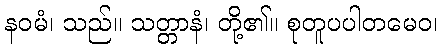
နဝမံ၊ သည်။ သတ္တာနံ၊ တို့၏။ စုတူပပါတမေဝ၊